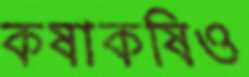
কষাকষিও